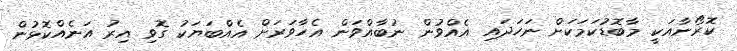
ކޮރޯނާއަކީ މާބޮޑުކަމަކަށް ނަހަދައި އެއްވުން ނުބާއްވަން އެހާވަރަށް އެއްބަޔަކު ގޮވި އިރު އަނެއްކޮޅުން